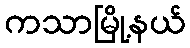
ကသာမြို့နယ်